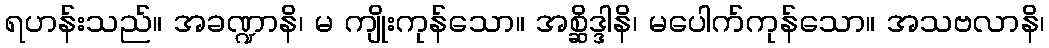
ရဟန်းသည်။ အခဏ္ဍာနိ၊ မ ကျိုးကုန်သော။ အစ္ဆိဒ္ဒါနိ၊ မပေါက်ကုန်သော။ အသဗလာနိ၊